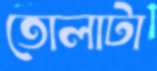
তোলাটা